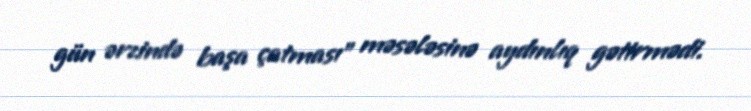
gün ərzində başa çatması” məsələsinə aydınlıq gətirmədi.